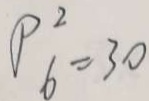
P _ { 6 } ^ { 2 } = 3 0